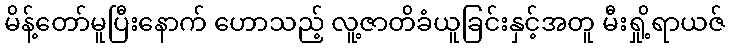
မိန့်တော်မူပြီးနောက် ဟောသည့် လူ့ဇာတိခံယူခြင်းနှင့်အတူ မီးရှို့ရာယဇ်